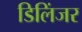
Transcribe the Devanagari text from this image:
डिलिंजर